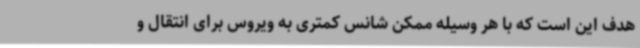
هدف این است که با هر وسیله ممکن شانس کمتری به ویروس برای انتقال و